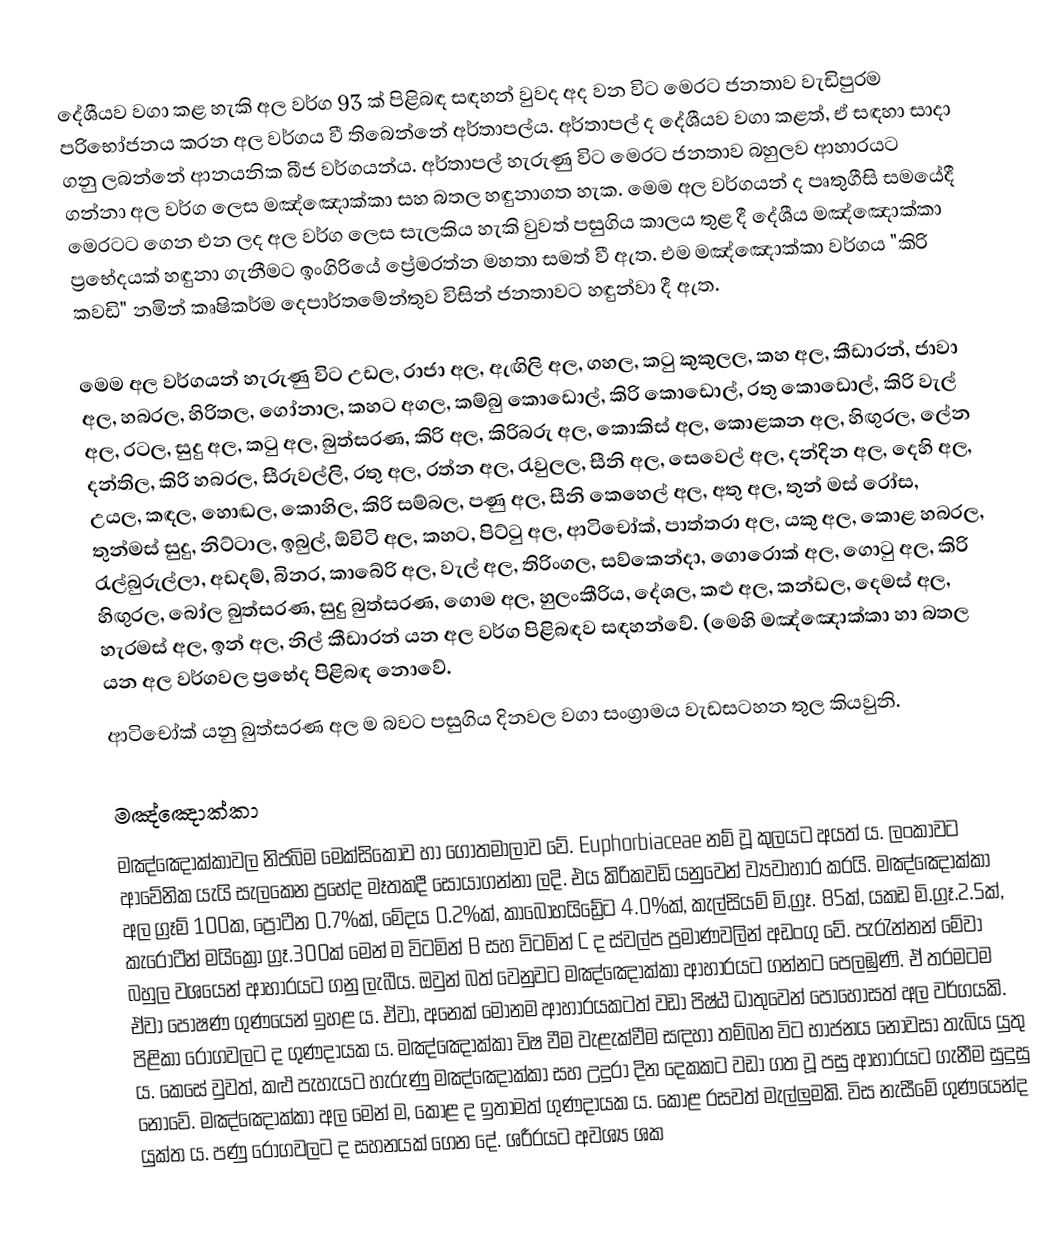
දේශීයව වගා කළ හැකි අල වර්ග 93 ක්‌ පිළිබඳ සඳහන් වුවද අද වන විට මෙරට ජනතාව වැඩිපුරම පරිභෝජනය කරන අල වර්ගය වී තිබෙන්නේ අර්තාපල්ය. අර්තාපල් ද දේශීයව වගා කළත්, ඒ සඳහා සාදා ගනු ලබන්නේ ආනයනික බීජ වර්ගයන්ය. අර්තාපල් හැරුණු විට මෙරට ජනතාව බහුලව ආහාරයට ගන්නා අල වර්ග ලෙස මඤ්ඤොක්‌කා සහ බතල හඳුනාගත හැක. මෙම අල වර්ගයන් ද පෘතුගීසි සමයේදී මෙරටට ගෙන එන ලද අල වර්ග ලෙස සැලකිය හැකි වුවත් පසුගිය කාලය තුළ දී දේශීය මඤ්ඤොක්‌කා ප්‍රභේදයක්‌ හඳුනා ගැනීමට ඉංගිරියේ ප්‍රේමරත්න මහතා සමත් වී ඇත. එම මඤ්ඤොක්‌කා වර්ගය "කිරි කවඩි" නමින් කෘෂිකර්ම දෙපාර්තමේන්තුව විසින් ජනතාවට හඳුන්වා දී ඇත.

මෙම අල වර්ගයන් හැරුණු විට උඩල, රාජා අල, ඇඟිලි අල, ගහල, කටු කුකුලල, කහ අල, කීඩාරන්, ජාවා අල, හබරල, හිරිතල, ගෝනාල, කහට අගල, කම්බු කොඩොල්, කිරි කොඩොල්, රතු කොඩොල්, කිරි වැල් අල, රටල, සුදු අල, කටු අල, බුත්සරණ, කිරි අල, කිරිබරු අල, කොකිස්‌ අල, කොළකන අල, හිඟුරල, ලේන දන්තිල, කිරි හබරල, සීරුවල්ලි, රතු අල, රත්න අල, රැවුලල, සීනි අල, සෙවෙල් අල, දන්දින අල, දෙහි අල, උයල, කඳල, හොඬල, කොහිල, කිරි සම්බල, පණු අල, සීනි කෙහෙල් අල, අතු අල, තුන් මස්‌ රෝස, තුන්මස්‌ සුදු, නිට්‌ටාල, ඉබුල්, ඕවිටි අල, කහට, පිට්‌ටු අල, ආටිචෝක්‌, පාත්තරා අල, යකු අල, කොළ හබරල, රැල්බුරුල්ලා, අඩදම්, බිනර, කාබේරි අල, වැල් අල, තිරිංගල, සව්කෙන්දා, ගොරොක්‌ අල, ගොටු අල, කිරි හිඟුරල, බෝල බුත්සරණ, සුදු බුත්සරණ, ගොම අල, හුලංකීරිය, දේශල, කළු අල, කන්ඩල, දෙමස්‌ අල, හැරමස්‌ අල, ඉන් අල, නිල් කීඩාරන් යන අල වර්ග පිළිබඳව සඳහන්වේ. (මෙහි මඤ්ඤොක්‌කා හා බතල යන අල වර්ගවල ප්‍රභේද පිළිබඳ නොවේ.
ආටිචෝක් යනු බුත්සරණ අල ම බවට පසුගිය දිනවල වගා සංග්‍රාමය වැඩසටහන තුල කියවුනි.

මඤ්ඤොක්කා
මඤ්ඤොක්කාවල නිජබිම මෙක්සිකෝව හා ගෝතමාලාව වේ. Euphorbiaceae නම් වූ කුලයට අයත් ය. ලංකාවට ආවේනික යැයි සැලකෙන ප්‍රභේද මෑතකදී සොයාගන්නා ලදි. එය කිරිකවඩි යනුවෙන් ව්‍යවාහාර කරයි.  මඤ්ඤොක්කා අල ග්‍රෑම් 100ක, ප්‍රෝටීන 0.7%ක්, මේදය 0.2%ක්, කාබෝහයිඩ්‍රේට 4.0%ක්, කැල්සියම් මි.ග්‍රෑ. 85ක්, යකඩ මි.ග්‍රෑ.2.5ක්, කැරොටීන් මයික්‍රො ග්‍රෑ.300ක් මෙන් ම විටමින් B සහ විටමින් C ද ස්වල්ප ප්‍රමාණවලින් අඩංගු වේ. පැරැන්නන් මේවා බහුල වශයෙන් ආහාරයට ගනු ලැබීය. ඔවුන් බත් වෙනුවට මඤ්ඤොක්කා ආහාරයට ගන්නට පෙලඹුණි. ඒ තරමටම ඒවා පෝෂණ ගුණයෙන් ඉහළ ය. ඒවා, අනෙක් මොනම ආහාරයකටත් වඩා පිෂ්ඨ ධාතුවෙන් පොහොසත් අල වර්ගයකි. පිළිකා රෝගවලට ද ගුණදායක ය. මඤ්ඤොක්කා විෂ වීම වැළැක්වීම සඳහා තම්බන විට භාජනය නොවසා තැබිය යුතු ය. කෙසේ වුවත්, කළු පැහැයට හැරුණු මඤ්ඤොක්කා සහ උදුරා දින දෙකකට වඩා ගත වූ පසු ආහාරයට ගැනීම සුදුසු නොවේ. මඤ්ඤොක්කා අල මෙන් ම, කොළ ද ඉතාමත් ගුණදායක ය. කොළ රසවත් මැල්ලුමකි. විස නැසීමේ ගුණයෙන්ද යුක්ත ය. පණු රෝගවලට ද සහනයක් ගෙන දේ. ශරීරයට අවශ්‍ය ශක